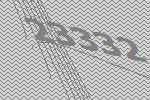
23332